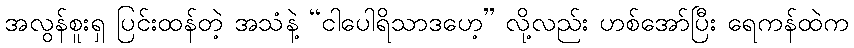
အလွန်စူးရှ ပြင်းထန်တဲ့ အသံနဲ့ “ငါပေါရိသာဒဟေ့” လို့လည်း ဟစ်အော်ပြီး ရေကန်ထဲက